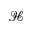
\mathcal { H }